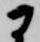
に